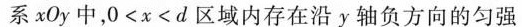
系xOy中， $$ 0<x<d $$ 区域内存在沿y轴负方向的匀强